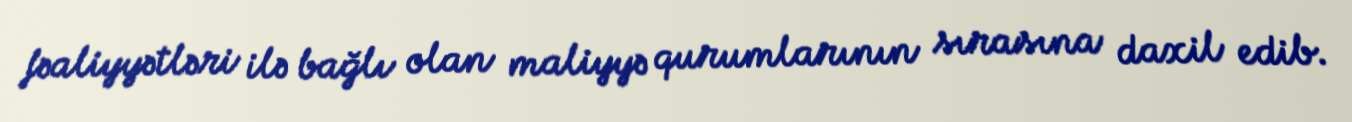
fəaliyyətləri ilə bağlı olan maliyyə qurumlarının sırasına daxil edib.